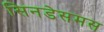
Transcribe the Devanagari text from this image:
सिनडेसमस